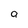
Character: a